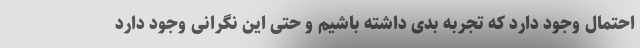
احتمال وجود دارد که تجربه بدی داشته باشیم و حتی این نگرانی وجود دارد